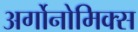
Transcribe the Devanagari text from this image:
अर्गोनोमिक्स